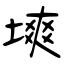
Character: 塽